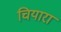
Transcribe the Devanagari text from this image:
चियारा